Annual report of the Imperial Bacteriologist
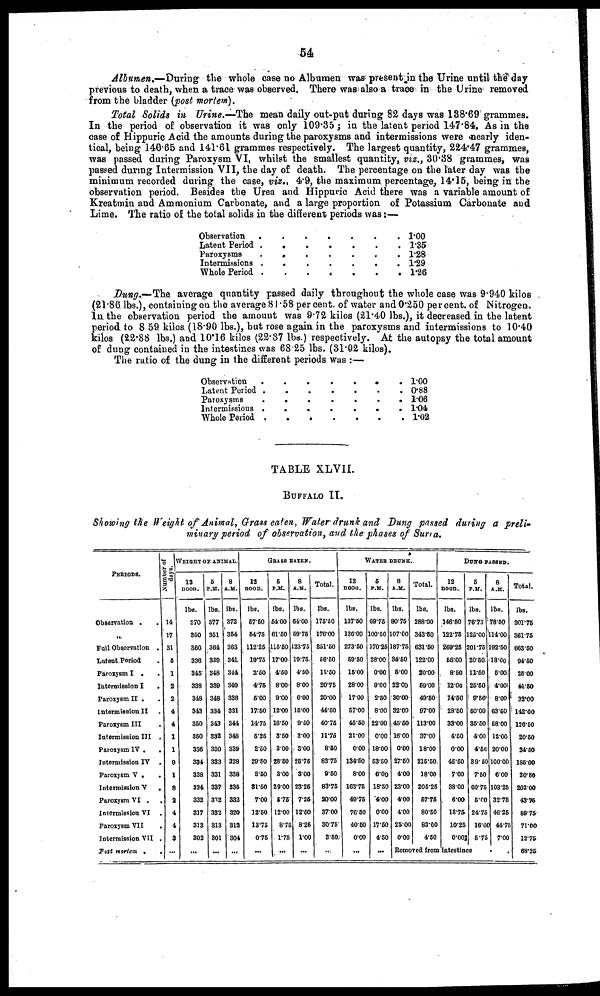
54
Albumen.— During the whole case no Albumen was present in the Urine until the day
previous to death, when a trace was observed. There was also a trace, in; the Urine removed
from the bladder(post mortem).
Total Solids in Urine.—The mean daily out-put during 82 days was 138.69 grammes.
In the period of observation it was only 109.35; in the latent period 147.84. As in the
case of Hippuric Acid the amounts during the paroxysms and intermissions were nearly iden-
tical, being 140.65 and 141.61 grammes respectively. The largest quantity, 224.47 grammes,
was passed during Paroxysm VI, whilst the smallest quantity, viz., 30.38 grammes, was
passed during Intermission VII, the day of death. The percentage on the later day was the
minimum recorded during the case, viz., 4.9, the maximum, percentage, 14.15, being in the
observation period. Besides the Urea and Hippuric Acid there was a variable amount of
Kreatmin and Ammonium Carbonate, and a large proportion of Potassium Carbonate and
Lime. The ratio of the total solids in the different periods was:—
Observation
Latent Period
Paroxysms
Intermissions
Whole Period
.
.
.
.
.
.
.
.
.
.
.
.
.
.
.
.
.
.
.
.
.
.
.
.
.
.
.
.
.
.
.
.
.
.
.
1.00
1.35
1.28
1.29
1.26
Dung.— The average quantity passed daily throughout the whole case was 9.940 kilos
(21.86 lbs.), containing on the average 81.58 per cent. of water and 0.250 per cent. of Nitrogen.
In the observation period the amount was 9.72 kilos (21.40 lbs.), it decreased in the latent
period to 8 59 kilos, (18.90 lbs.), but rose again in the paroxysms and intermissions to 10.40
kilos (22.88 lbs.) and 10.16 kilos (22.37 lbs.) respectively. At the autopsy the total amount
of dung contained in the intestines was 68.25 lbs. (31.02 kilos).
The ratio of the dung in the different periods was :—
Observation .
Latent Period .
Paroxysms
Intermissions .
Whole Period .
.
.
.
.
.
.
.
.
.
.
.
.
.
.
.
.
.
.
.
.
.
.
.
.
.
. 1.00
. 0.88
. 1.06
. 1.04
. 1.02
TABLE XLVII.
BUFFALO II.
Showing the Weight of Animal, Grass eaten, Water drunk and Dung passed during a preli-
minary period of observation, and the phases of Surra.
PERIODS.
Observation .
„
Full Observation
Latent Period
Paroxysm I .
Intermission I
Paroxysm II .
Intermission II
Paroxysm III
Intermission III
Paroxysm IV .
Intermission IV
Paroxysm V .
Intermission V
Paroxysm VI .
Intermission VI
Paroxysm VII
Intermission VII
Post mortem .
.
.
.
.
.
.
.
.
.
.
.
.
.
.
.
.
.
.
Number of
days.
14
17
31
5
1
2
2
4
4
1
1
9
1
8
2
4
4
3
...
WEIGHT OF ANIMAL
12
noon.
lbs.
370
350
360
336
345
338
348
343
350
350
336
334
338
334
332
317
313
302
...
5
P.M.
lbs.
377
351
364
339
348
339
348
334
343
332
330
333
331
337
332
332
313
301
...
8
A.M.
lbs.
372
354
363
341
344
340
338
331
344
348
339
328
338
335
332
320
312
304
...
GRASS EATEN.
12
noon.
lbs.
57.50
54.75
112.25
19.75
2.50
4.75
5.00
17.50
14.75
5.25
2.50
29.50
3.50
31.50
7.00
12.50
13.75
0.75
...
5
P.M.
lbs.
54.00
61.50
115.50
17.00
4.50
8.00
9.00
12.00
16.50
3.50
3.00
28.50
3.00
29.00
5.75
12.00
8.75
1.75
...
8
A.M.
lbs.
64.00
59.75
123.75
19.75
4.50
8.00
6.00
15.00
9.50
3.00
3.00
25.75
3.00
23.25
7.25
12.50
8.25
1.00
...
Total.
lbs.
175.50
176.00
351.50
56.50
11.50
20.75
20.00
44.50
40.75
11.75
8.50
83.75
9.50
83.75
20.00
37.00
30.75
3.50
...
WATER DRUNK
12
noon.
lbs.
137.50
136.00
273.50
59.50
15.00
28.00
17.00
57.00
45.50
21.00
0.00
134.50
8.00
163.75
49.75
76.50
40.50
0.00
...
5
P.M.
lbs.
69.75
100.50
170.25
28.00
0.00
9.00
2.50
8.00
22.00
0.00
18.00
53.50
6.00
18.50
4.00
0.00
17.50
4.50
...
8
A.M.
lbs.
80.75
107.00
187.75
34.50
5.00
22.00
30.00
32.00
45.50
16.00
0.00
27.50
4.00
23.00
4.00
4.00
25.00
0.00
Total.
lbs.
288.00
343.50
631.50
122.00
20.00
59.00
49.50
97.00
113.00
37.00
18.00
215.50
18.00
205.25
57.75
80.50
83.00
4.50
DUNG PASSED.
12
noon.
lbs.
146.50
122.75
269.25
56.00
8.50
12.00
14.50
28.50
33.00
4.50
0.00
45.50
7.00
38.00
6.00
18.75
10.25
0.00
5
P.M.
lbs.
76.75
125.00
201.75
20.50
11.50
25.50
9.50
50.00
35.50
4.00
4.50
39.50
7.50
60.75
5.00
24.75
16.00
5.75
Removed from intestines
8
A.M.
lbs.
78.50
114.00
192.50
18.00
5.00
4.00
8.00
63.50
58.00
12.00
20.00
100.00
6.00
103.25
32.75
46.25
44.75
7.00
Total.
lbs.
301.75
361.75
663.50
94.50
25.00
41.50
32.00
142.00
126.50
20.50
24.50
185.00
20.50
202.00
43.75
89.75
71.00
12.75
68.25